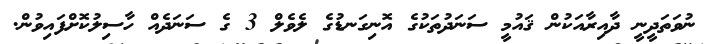
ނުވަތަދީނީ ދާއިރާއަކުން ޤައުމީ ސަނަދުތަކުގެ އޮނިގަނޑުގެ ލެވެލް 3 ގެ ސަނަދެއް ހާސިލުކޮށްފައިވުން.